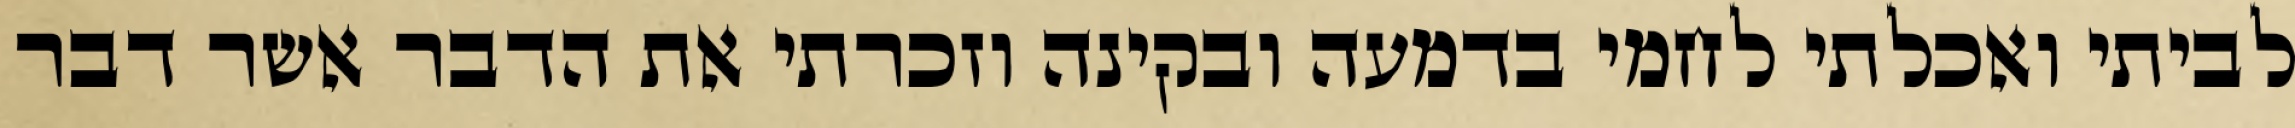
לביתי ואכלתי לחמי בדמעה ובקינה וזכרתי את הדבר אשר דבר